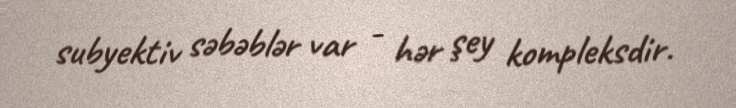
subyektiv səbəblər var - hər şey kompleksdir.